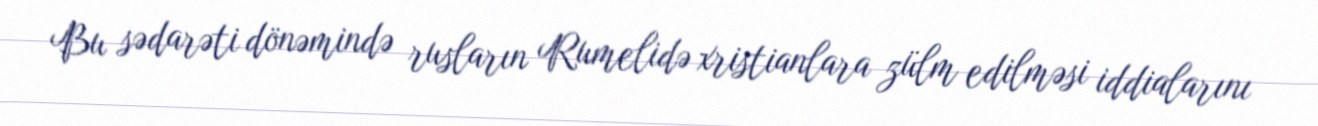
Bu sədarəti dönəmində rusların Rumelidə xristianlara zülm edilməsi iddialarını